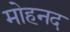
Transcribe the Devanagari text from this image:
मोहनद